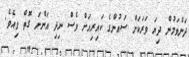
ދަންވަމުން ދިޔަ ވަރަކަށް ސައުންގެ ކައިރިއަށް ވެސް ނިދި އަންނަ ގޮތް ވިއެވެ.